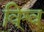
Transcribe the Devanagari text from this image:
वि्श्व